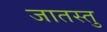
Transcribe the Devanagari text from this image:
जातस्तु